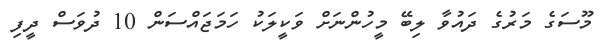
މޫސަގެ މަރުގެ ދައުވާ ލިބޭ މީހުންނަށް ވަކީލަކު ހަމަޖައްސަން 10 ދުވަސް ދީފި